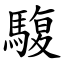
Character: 䮡